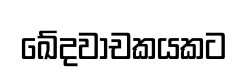
ඛේදවාචකයකට